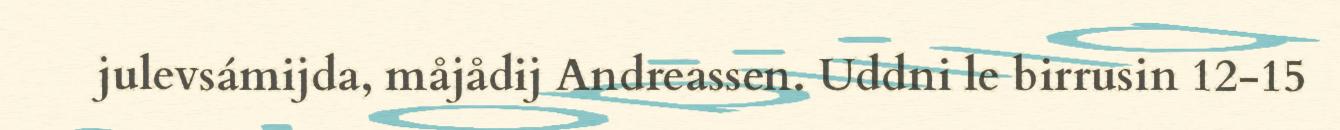
julevsámijda, måjådij Andreassen. Uddni le birrusin 12-15